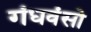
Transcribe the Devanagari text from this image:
गंधवंसो